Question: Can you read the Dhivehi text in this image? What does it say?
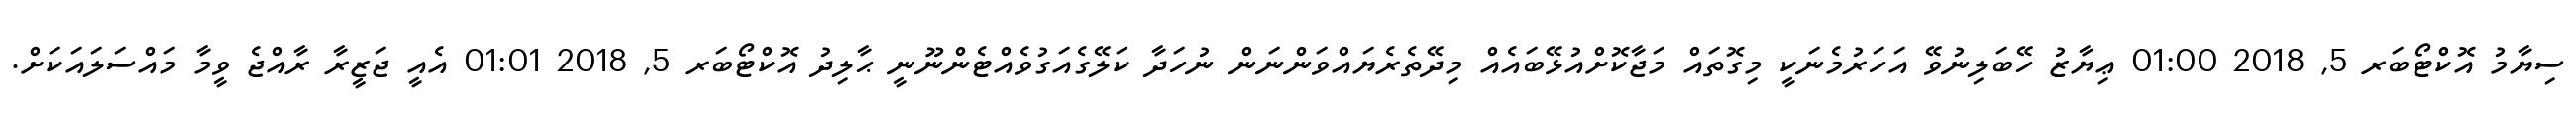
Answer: ސިޔާމު އޮކްޓޯބަރ 5, 2018 01:00 ޢިޔާޒު ހޭބަލިނުވޭ އަހަރުމެނަކީ މިގޮތައް މަޖާކޮށްއުޅޭބައެއް މިދޭތެރެޔައްވަންނަން ނުހަދާ ކަލޭގެއަގުވެއްޓެންނޫނީ ޙާލިދު އޮކްޓޯބަރ 5, 2018 01:01 އެއީ ޖަޒީރާ ރާއްޖެ ވީމާ މައްސަލައަކަށް.